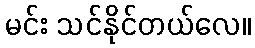
မင်း သင်နိုင်တယ်လေ။